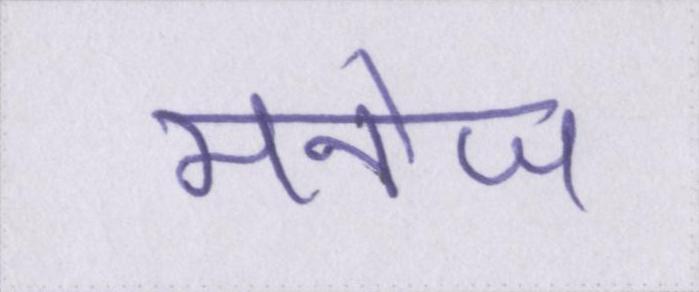
मनोज